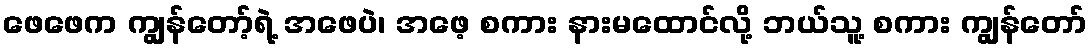
ဖေဖေက ကျွန်တော့်ရဲ့ အဖေပဲ၊ အဖေ့ စကား နားမထောင်လို့ ဘယ်သူ့ စကား ကျွန်တော်